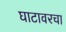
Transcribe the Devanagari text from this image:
घाटावरचा